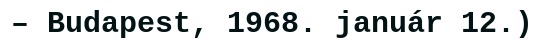
– Budapest, 1968. január 12.)